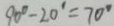
9 0 ^ { \circ } - 2 0 ^ { \circ } = 7 0 ^ { \circ }